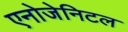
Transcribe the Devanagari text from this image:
एनोजेनिटल